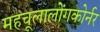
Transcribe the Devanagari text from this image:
महचूलालोंगकोर्नर